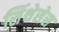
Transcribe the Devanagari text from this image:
सिंथेसेस